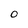
Character: O